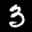
Label: 3